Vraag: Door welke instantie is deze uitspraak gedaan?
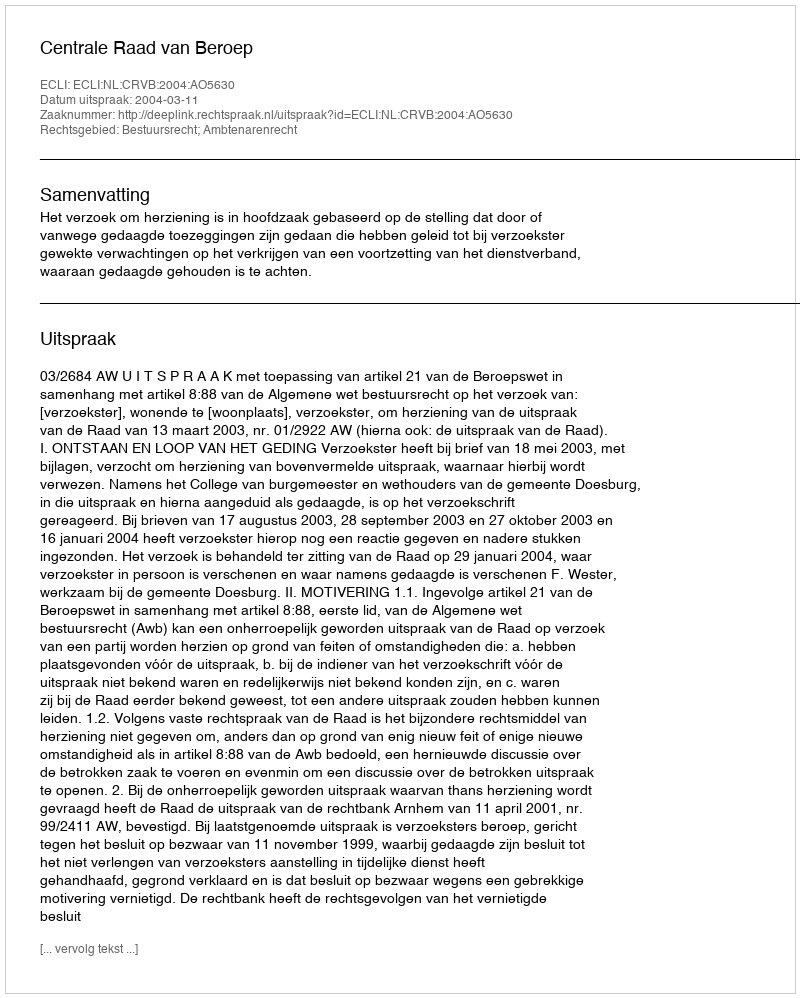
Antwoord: Centrale Raad van Beroep